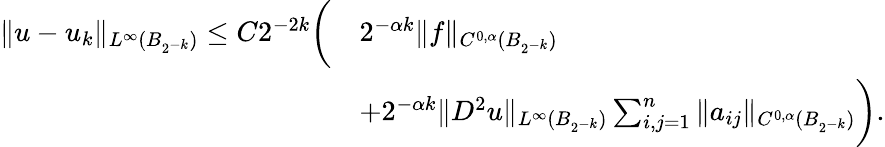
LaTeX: \begin{array}{rl}{\| u-u_{k}\| _{L^{\infty}(B_{2^{-k}})}\le C2^{-2k}\bigg(}&{2^{-\alpha k}\| f\| _{C^{0,\alpha}(B_{2^{-k}})}}\\ &{+2^{-\alpha k}\| D^{2}u\| _{L^{\infty}(B_{2^{-k}})}\sum_{i,j=1}^{n}\| a_{ij}\| _{C^{0,\alpha}(B_{2^{-k}})}\bigg).}\end{array}